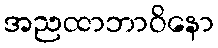
အညထာဘာဝိနော